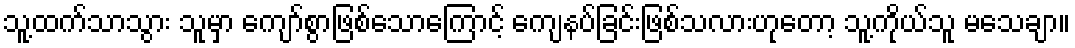
သူ့ထက်သာသွား သူမှာ ကျော်စွာဖြစ်သောကြောင့် ကျေနပ်ခြင်းဖြစ်သလားဟုတော့ သူ့ကိုယ်သူ မသေချာ။